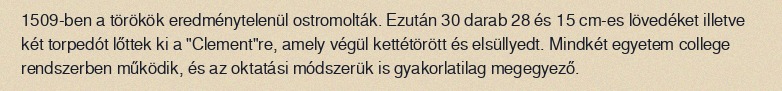
1509-ben a törökök eredménytelenül ostromolták. Ezután 30 darab 28 és 15 cm-es lövedéket illetve két torpedót lőttek ki a "Clement"re, amely végül kettétörött és elsüllyedt. Mindkét egyetem college rendszerben működik, és az oktatási módszerük is gyakorlatilag megegyező.